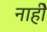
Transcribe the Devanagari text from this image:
नाहीे